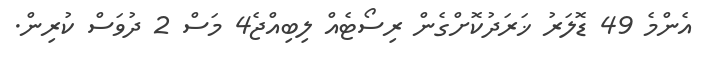
އެންމެ 49 ޑޮލަރު ޚަރަދުކޮށްގެން ރިސޯޓެއް ލިބިއްޖެ4 މަސް 2 ދުވަސް ކުރިން.